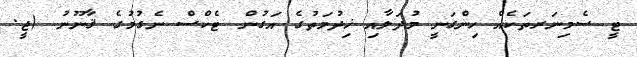
ޓީ ސެމިނަރތަކެއް ހިންގަނީ މުދަލާއި ޚިދުމަތުގެ އަގުން ޓެކްސް ނެގުމުގެ ޤާނޫނު (ޖީ.